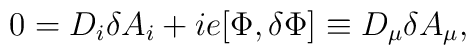
0 = D_i \delta A_i + ie[\Phi, \delta \Phi]  \equiv D_\mu \delta A_\mu,